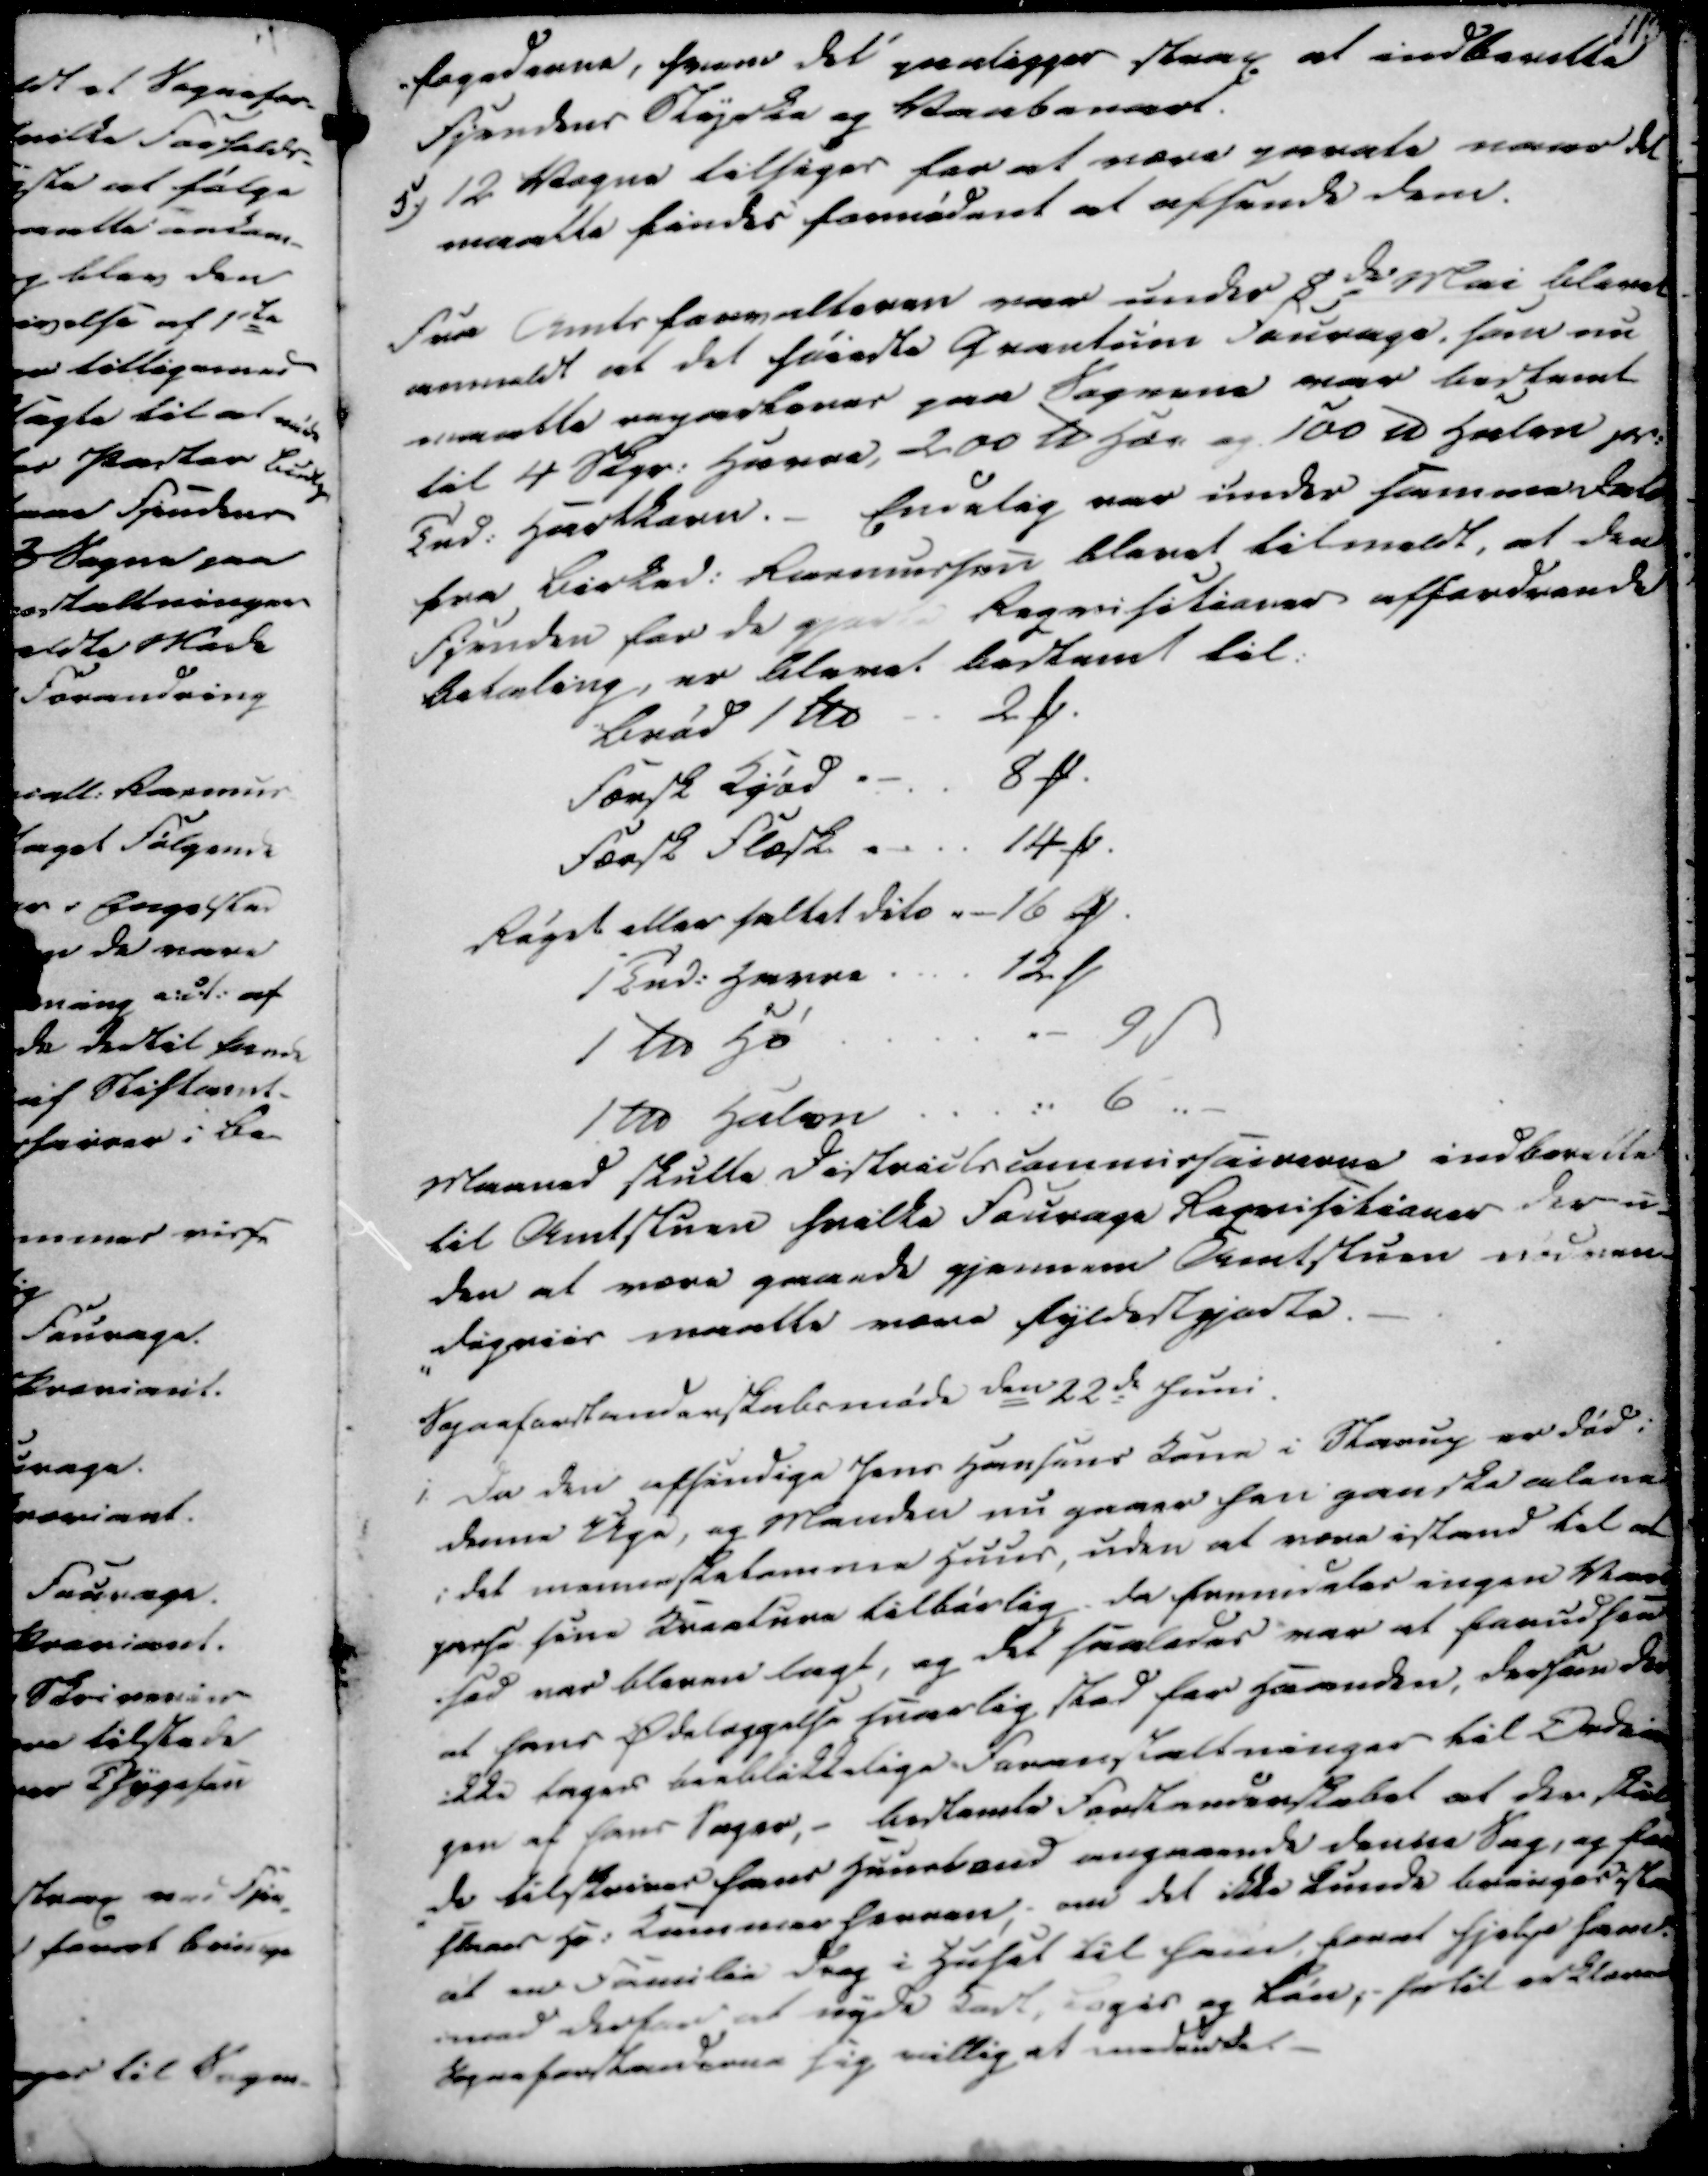
Transskription:
fogederne, hvem det paaligges strax at indberette
Fjendens Styrke og Vaabenart.
5) 12 Vogne tilsiges for at være parate naar det
maatte findes fornødent at afsende dem.

Fra Amtsforvalteren var under 8de Mai blevet
anmeldt at det høieste Qvantum Fourage, som nu
maatte reparteres paa Sognene var bestemt
til 4 Skpr. Havre, 200 22 Td Høe og 100 Td Halm pr.
Tnd. Hartkorn. - Endelig var under samme Dele
fra Birked. Rasmussen blevet tilmeldt, at den
Fjenden for de gjorte Reqvisitioner affordrende
Betaling, er blevet bestemt til:
Brød 1 Td
2 ₻.
Færsk Kjød
8 ₻.
Færsk Flæsk
14 ₻.
Røget eller saltet dito
16 ₻.
1 Tnd. Havre
12 ₻.
1 tn Hø
9 ẞ
1 tn Halen
6

Maaned skulle Districtscommissairerne indberette
til Amtstuen hvilke Fourage Reqvisitioner der u-
den at være gaaede gjennem Amtstuen nødven-
digvies maatte være fyldestgjorte.
Sogneforstanderskabsmøde den 22de Juni
i. Da den afsindige Jens Hansens Kone i Starup er død i
denne Uge, og Manden nu gaaer hen ganske alene
i det mennesketomme Huus, uden at være istand til at
passe sine Kreature tilbørlig, da fremdeles ingen Van
hed var bleven lagt, og det saaledes var at forudsee
at hans Ødelæggelse snarlig stod for Haanden, dersom der
ikke tages øieblikkelige Foranstaltninger til Ordnin
gen af hans Sager,- bestemte Forstanderskabet at der skul
de tilskrives hans Huusbond angaaende denne Sag, og fore
staas Hr. Kammerherren,- om det ikke kunde bringes ske
at en Familie drag i Huset til ham, forat hjelpe ham.
imod derfor at nyde Kost, Logis og Løn, hertil erklærede
Sogneforstanderne sig villig at medelde